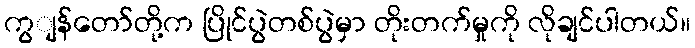
ကွျန်တော်တို့က ပြိုင်ပွဲတစ်ပွဲမှာ တိုးတက်မှုကို လိုချင်ပါတယ်။